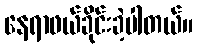
နေရာဖယ်ခိုင်းခဲ့ပါတယ်။